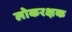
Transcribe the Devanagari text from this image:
लोकरक्षक